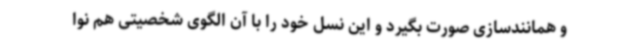
و همانندسازی صورت بگیرد و این نسل خود را با آن الگوی شخصیتی هم نوا